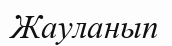
Жауланып